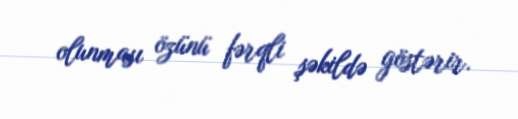
olunması özünü fərqli şəkildə göstərir.